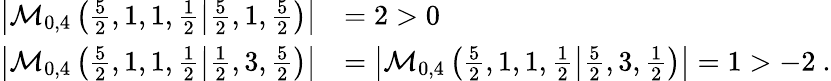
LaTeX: \begin{array}{rl}{\left|\mathcal{M}_{0,4}\left(\frac 52,1,1,\frac 12\middle|\frac 52,1,\frac 52\right)\right|}&{=2>0}\\ {\left|\mathcal{M}_{0,4}\left(\frac 52,1,1,\frac 12\middle|\frac 12,3,\frac 52\right)\right|}&{=\left|\mathcal{M}_{0,4}\left(\frac 52,1,1,\frac 12\middle|\frac 52,3,\frac 12\right)\right|=1>-2\ .}\end{array}